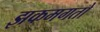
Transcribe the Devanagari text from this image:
झकमगतो